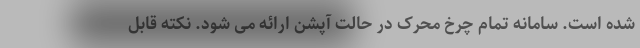
شده است. سامانه تمام چرخ محرک در حالت آپشن ارائه می شود. نکته قابل